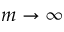
m \to \infty